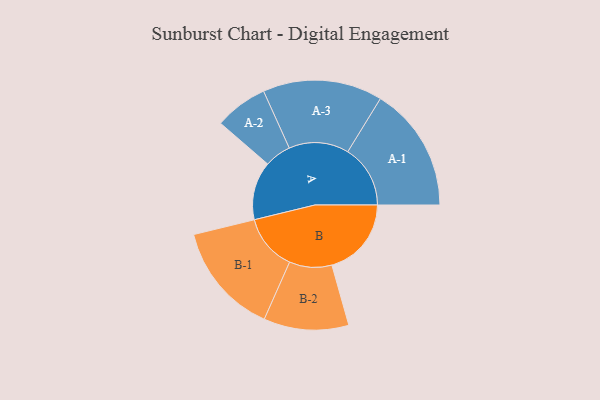
{"axis": {"x": "Segment", "y": "Value"}, "legend": ["", "A", "B"], "data": [{"x": "A", "y": 279, "type": ""}, {"x": "B", "y": 380, "type": ""}, {"x": "A-1", "y": 299, "type": "A"}, {"x": "A-2", "y": 127, "type": "A"}, {"x": "A-3", "y": 286, "type": "A"}, {"x": "B-1", "y": 268, "type": "B"}, {"x": "B-2", "y": 203, "type": "B"}]}